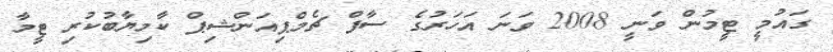
ގައުމީ ޓީމުން ވަނީ 2008 ވަނަ އަހަރުގެ ސާފް ޗެމްޕިއަންޝިޕް ކާމިޔާބުކުރި ޓީމާ